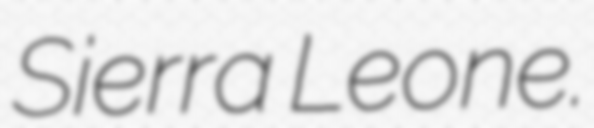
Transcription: Sierra Leone.